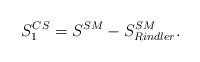
LaTeX: \begin{align*}S^{CS}_1=S^{SM}-S^{SM}_{Rindler} .\end{align*}